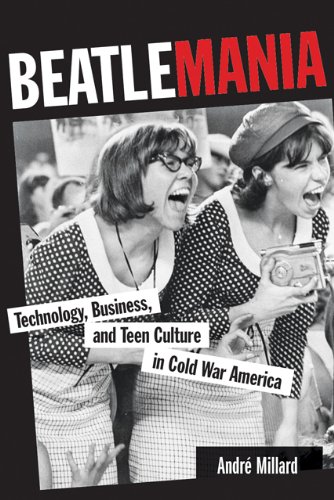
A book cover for Beatlemania: Technology, Business, and Teen Culture in Cold War America (Johns Hopkins Introductory Studies in the History of Technology); AndrÃ© Millard; Humor & Entertainment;